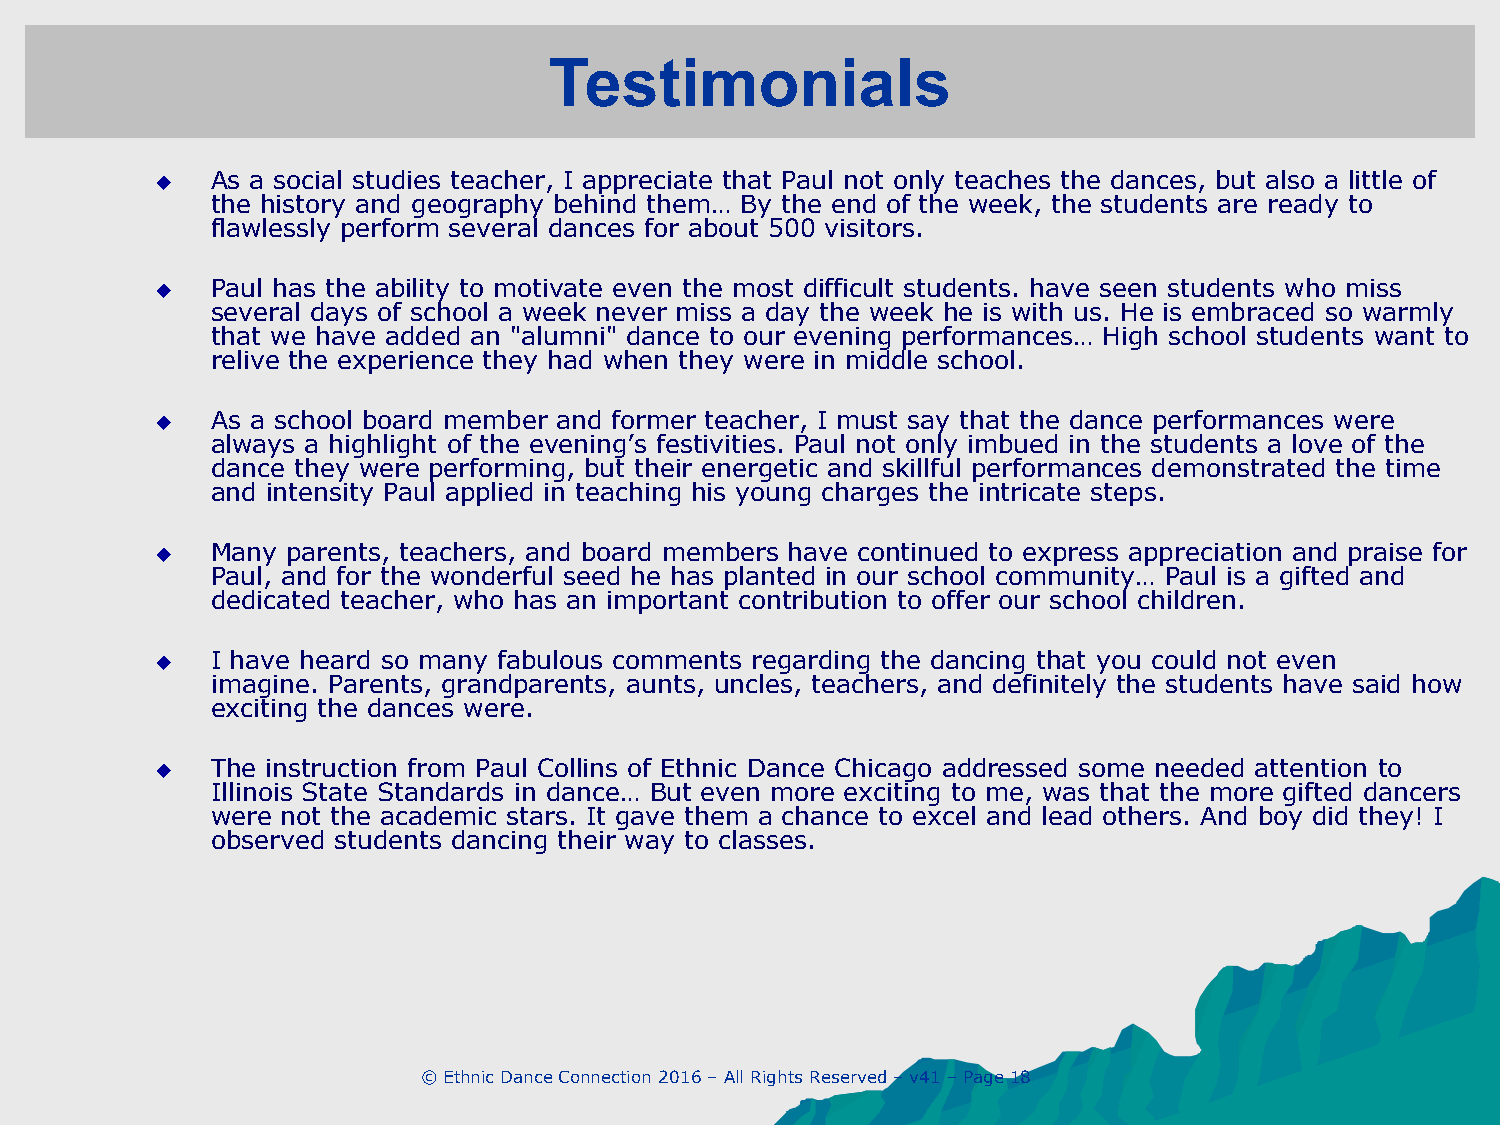
Testimonials
    As a social studies teacher, I appreciate that Paul not only teaches the dances, but also a little of
 the history and geography behind them… By the end of the week, the students are ready to
 flawlessly perform several dances for about 500 visitors.
    Paul has the ability to motivate even the most difficult students. have seen students who miss
 several days of school a week never miss a day the week he is with us. He is embraced so warmly
 that we have added an "alumni" dance to our evening performances… High school students want to
 relive the experience they had when they were in middle school.
    As a school board member and former teacher, I must say that the dance performances were
 always a highlight of the evening’s festivities. Paul not only imbued in the students a love of the
 dance they were performing, but their energetic and skillful performances demonstrated the time
 and intensity Paul applied in teaching his young charges the intricate steps.
    Many parents, teachers, and board members have continued to express appreciation and praise for
 Paul, and for the wonderful seed he has planted in our school community… Paul is a gifted and
 dedicated teacher, who has an important contribution to offer our school children.
    I have heard so many fabulous comments regarding the dancing that you could not even
 imagine. Parents, grandparents, aunts, uncles, teachers, and definitely the students have said how
 exciting the dances were.
    The instruction from Paul Collins of Ethnic Dance Chicago addressed some needed attention to
 Illinois State Standards in dance… But even more exciting to me, was that the more gifted dancers
 were not the academic stars. It gave them a chance to excel and lead others. And boy did they! I
 observed students dancing their way to classes.
 © Ethnic Dance Connection 2016 – All Rights Reserved – v41 – Page 18